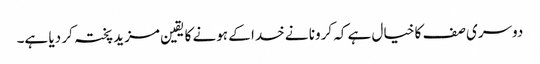
دوسری صف کا خیال ہے کہ کرونا نے خدا کے ہونے کا یقین مزید پختہ کر دیا ہے۔